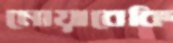
নোয়াবেকি